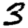
Digit: 3